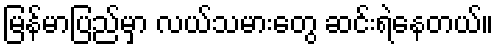
မြန်မာပြည်မှာ လယ်သမားတွေ ဆင်းရဲနေတယ်။